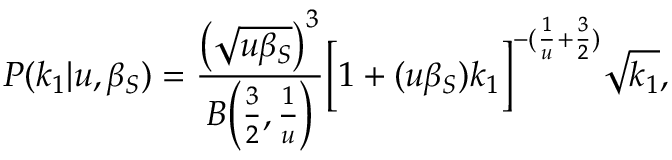
P ( k _ { 1 } | u , \beta _ { S } ) = \frac { \big ( \sqrt { u \beta _ { S } } \big ) ^ { 3 } } { B \Big ( \frac { 3 } { 2 } , \frac { 1 } { u } \Big ) } \Big [ 1 + ( u \beta _ { S } ) k _ { 1 } \Big ] ^ { - ( \frac { 1 } { u } + \frac { 3 } { 2 } ) } \sqrt { k _ { 1 } } ,